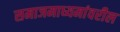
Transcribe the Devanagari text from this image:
समाजमाध्यमांवरील